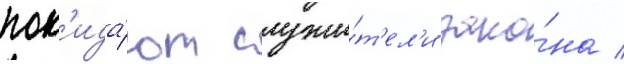
пок'ида́ют служи́т'ел'и зако́на /